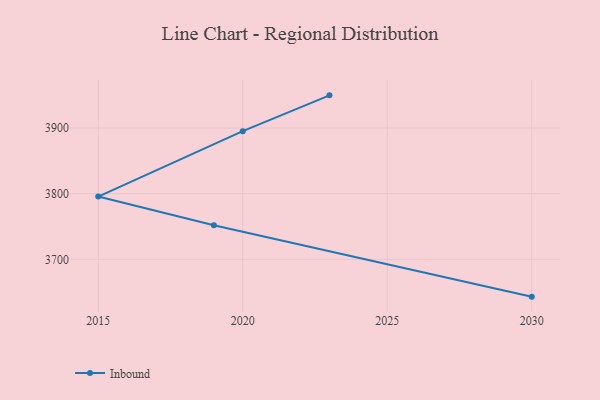
{"axis": {"x": "Year", "y": "Page Views"}, "legend": ["Inbound"], "data": [{"x": "2030", "y": 3643.1, "type": "Inbound"}, {"x": "2019", "y": 3752.0, "type": "Inbound"}, {"x": "2015", "y": 3795.6, "type": "Inbound"}, {"x": "2020", "y": 3895.2, "type": "Inbound"}, {"x": "2023", "y": 3949.8, "type": "Inbound"}]}